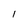
Character: 1